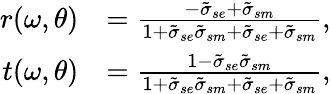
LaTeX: \begin{array}{rl}{r(\omega,\theta)}&{=\frac{-\tilde{\sigma}_{se}+\tilde{\sigma}_{sm}}{1+\tilde{\sigma}_{se}\tilde{\sigma}_{sm}+\tilde{\sigma}_{se}+\tilde{\sigma}_{sm}},}\\ {t(\omega,\theta)}&{=\frac{1-\tilde{\sigma}_{se}\tilde{\sigma}_{sm}}{1+\tilde{\sigma}_{se}\tilde{\sigma}_{sm}+\tilde{\sigma}_{se}+\tilde{\sigma}_{sm}},}\end{array}